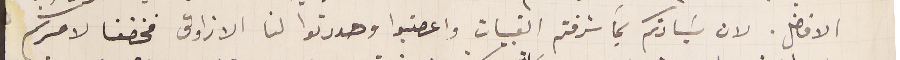
الافاضل. لان سَيادتكم بما شرفتم القبيات واعصتبوا وهددتوا لنا الازاوق فخضعنا لامركم